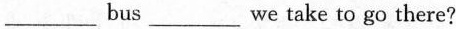
___bus___ we take to go there?